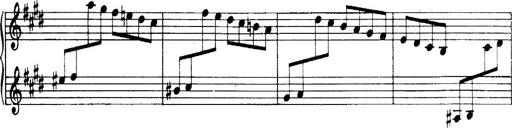
Title: 3 Sonatinas, Op.67
Composer: Jean Sibelius